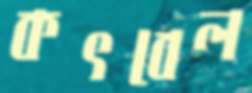
কৎবেল